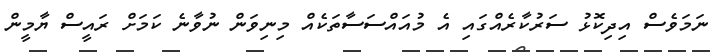
ނަމަވެސް އިދިކޮޅު ސަރުކާރެއްގައި އެ މުއައްސަސާތަކެއް މިނިވަން ނުވާނެ ކަމަށް ރައީސް ޔާމީން